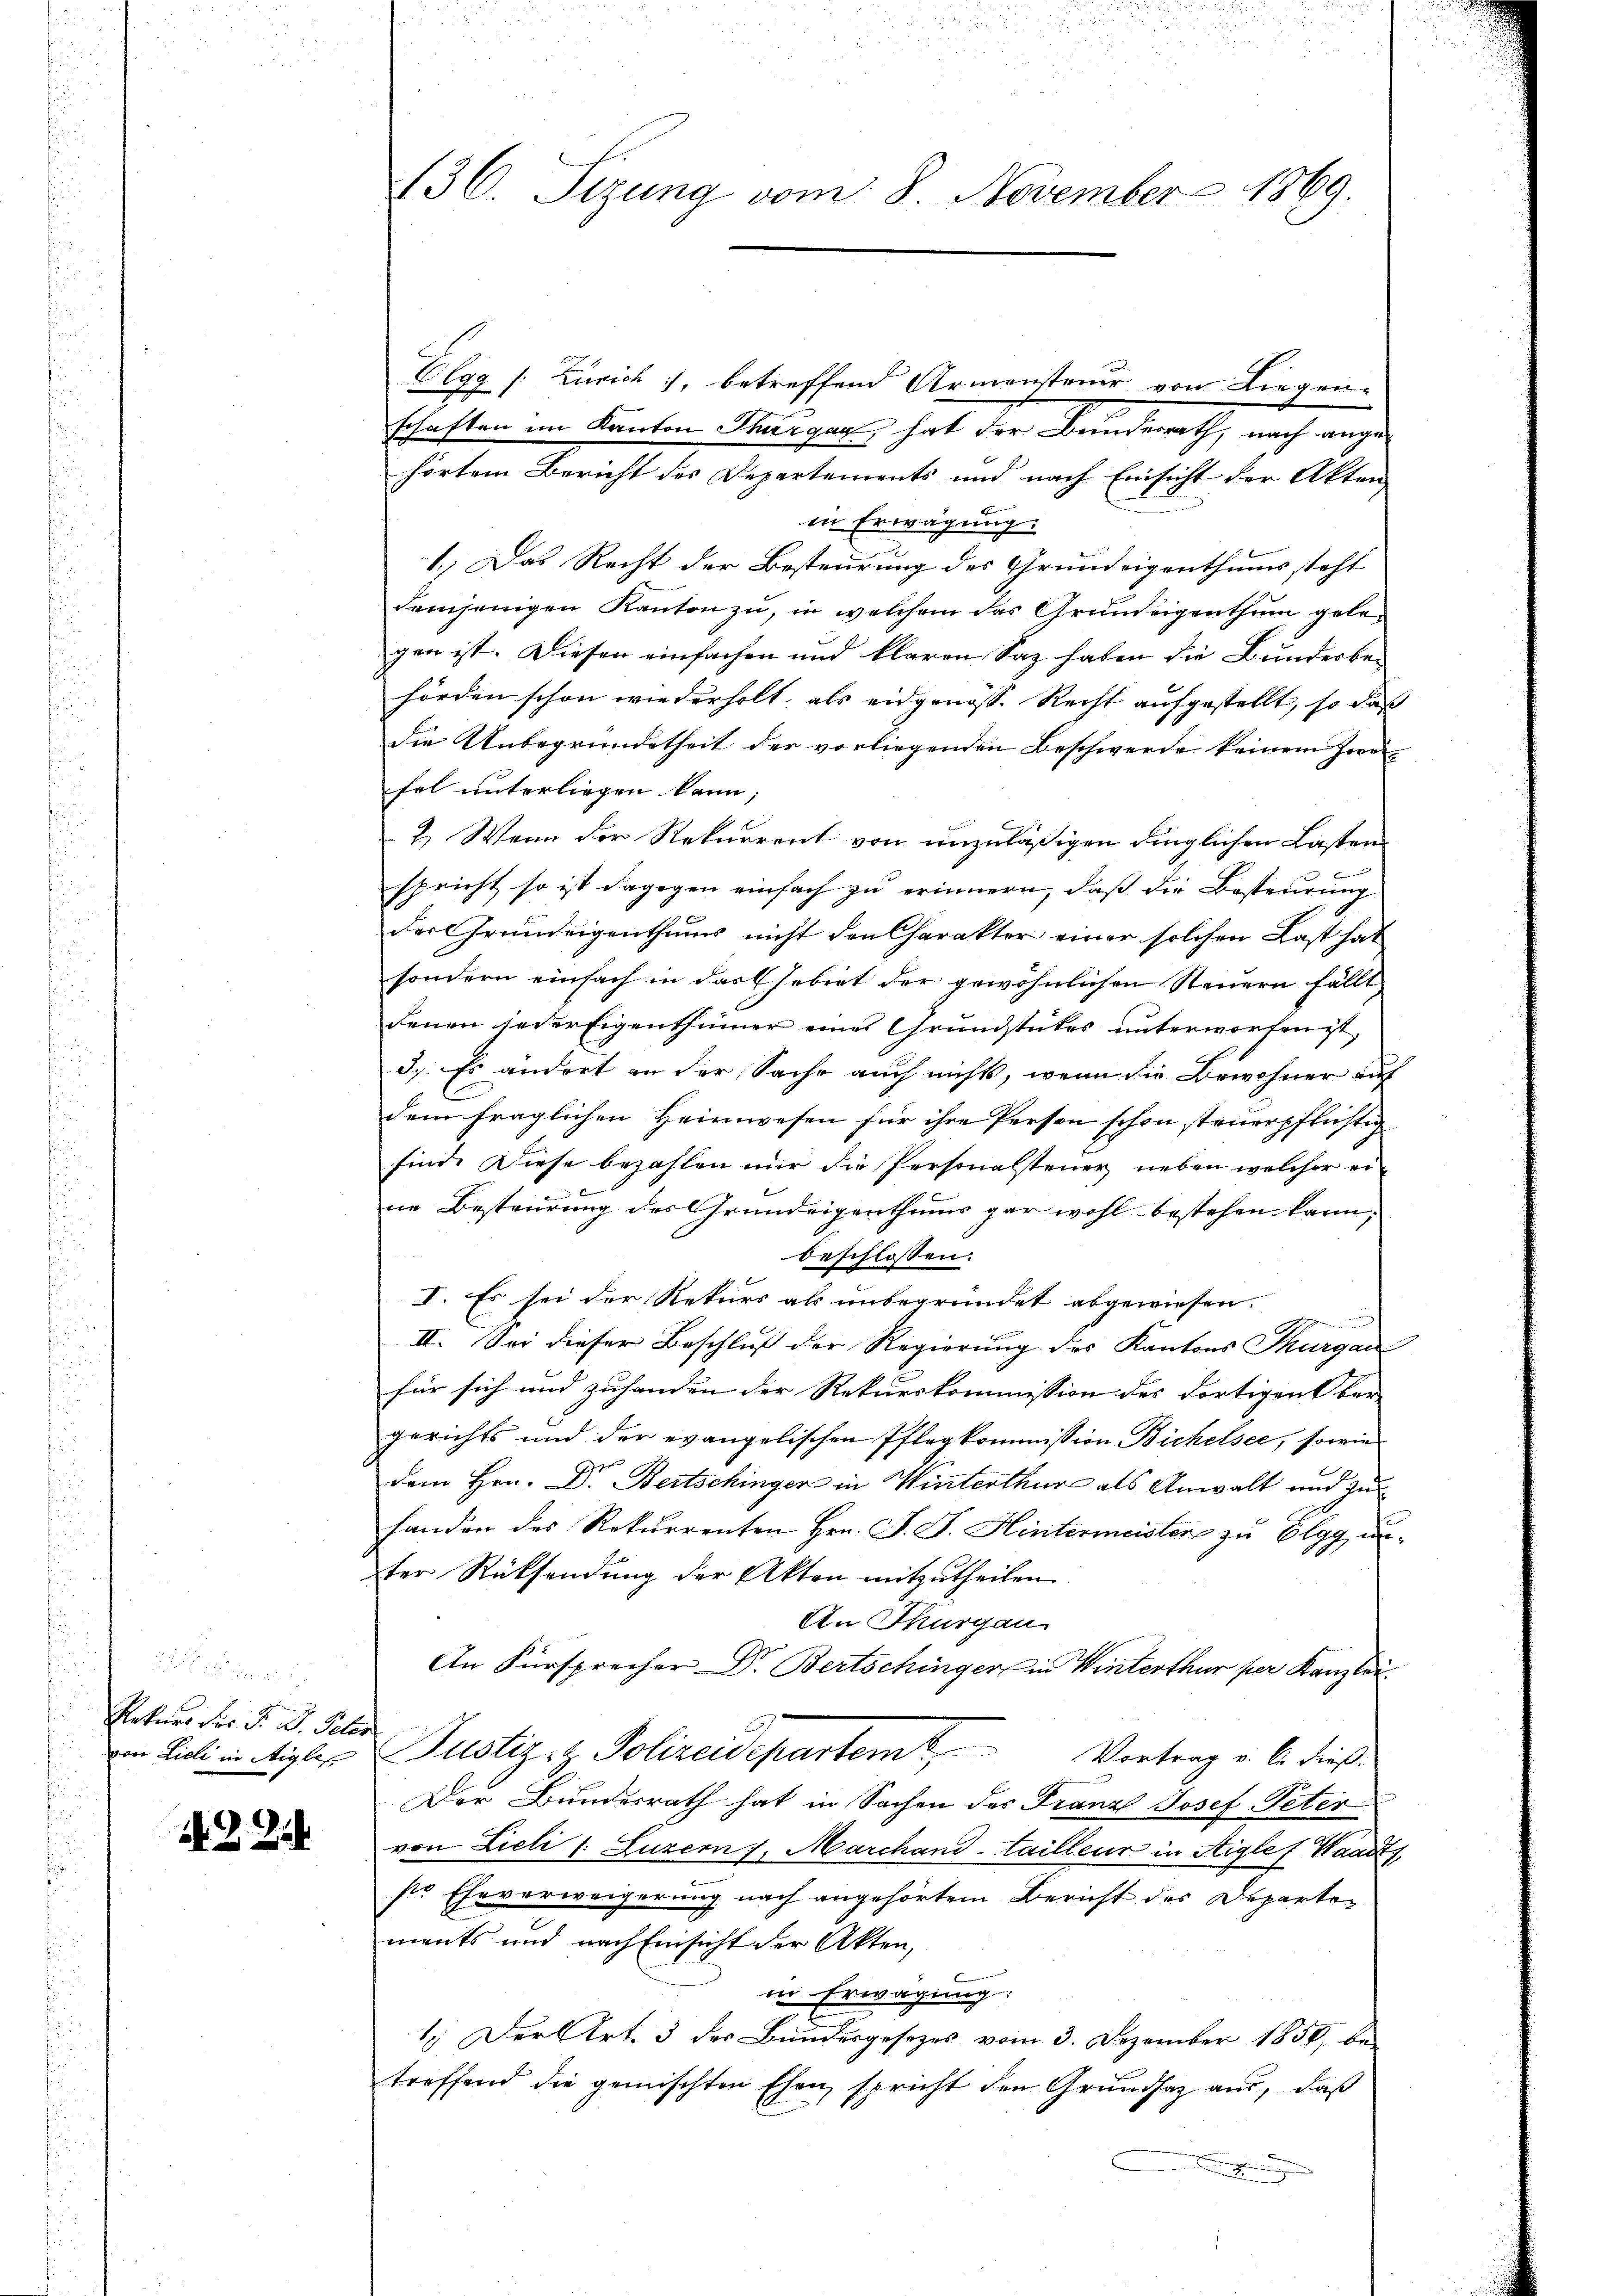
Rekurs der M. D. Pete
von Lieli in Aigle

2 Z. 2

36. Sizung vom 8. November 1869.

Elgg [Zürich 1, betreffend Armensteuer von Liegen-
schaften im Kanton Thurgau, hat der Banderath, nach ange
hörtem Bericht des Departements und nach Einsicht der Akten |
in Erwägung:
1.) Das Recht der Besteurung des Grundeigenthums steht
demjenigen Kanton zu, in welchem das Grundeigenthum gelegen ist. Diesen einfachen und klaren Saz haben die Bundesbe-
hörden schon wiederholt, als eidgenöss. Recht aufgestellt, so daß
Die Unbegründetheit der vorliegenden Beschwerde keinem Zweifel unterliegen kann;
2.) Wenn der Rekurrent von unzuläßigen dinglichen Lasten
spricht so ist dagegen einfach zu erinnern, daß die Besteurung
der Grundeigenthums nicht den Charakter einer solchen Last hat
sondern einfach in das Gebiet der gewöhnlichen Steuern fällt
denen jeder Eigenthümer eines Grundstückes unterworfen ist,
d.) Es ändert an der Sache auch nicht, wenn die Bewohner auf
E
dem fraglichen Heimwesen für ihre Person schon steuerpflichtig
find. Diese bezahlen nur die Personalsteuer neben welcher eine Besteurung des Grundeigenthums gar wohl bestehen kann;
beschlossen:
I. Es sei der Rekurs als unbegründet abgewiesen.
d
II. Sei dieser Beschluß der Regierung des Kantons Thurgau
für sich und zuhanden der Rekurskommission des dortigens bei
gerichts und der evangelischen Pflegkommission Bichelsee, sowie
dem Hrn. Dr. Bertschinger in Winterthur als Anwalt und zuhanden des Rekurrenten Hrn. J. J. Hintermeister zu Elgg unter Rücksendung der Akten mitzutheilen.
An Thurgau
An Fürsprecher Dr. Bertschinger in Winterthur per Kanzlei.
Justiz- & Polizeidepartem Vertrag u. b. dieß.
Der Bundesrath hat in Sachen des Franz Josef Peter
von Lieli l. Luzern s. Marchand-tailleur in Aiglef Waadt,
str Eheverweigerung nach angehörtem Bericht des Departements und nach Einsicht der Akten,
in Erwägung:
1. Der Art. 3 der Bundesgesezes vom 3. Dezember 1850, be
treffend die gemischten Ehen, spricht den Grundsatz aus, daß
g